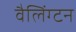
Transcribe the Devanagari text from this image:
वैलिंग्टन